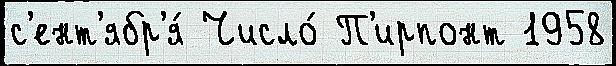
с'ент'ябр'я́ Число́ П'ирпонт 1958